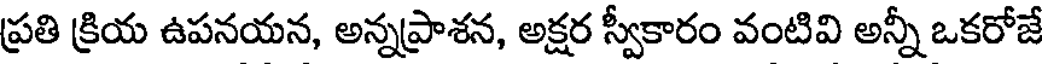
ప్రతి క్రియ ఉపనయన, అన్నప్రాశన, అక్షర స్వీకారం వంటివి అన్నీ ఒకరోజే